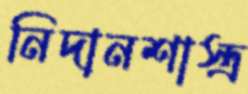
নিদানশাস্ত্র